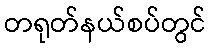
တရုတ်နယ်စပ်တွင်